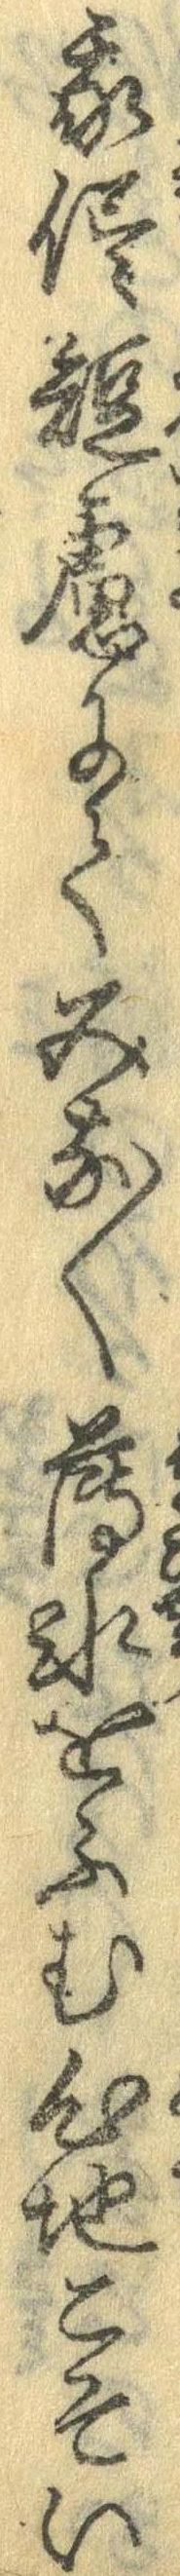
我侭短慮にてみな〱薄氷をふむ心地こそい